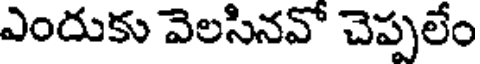
ఎందుకు వెలసినవో చెప్పలేం